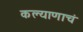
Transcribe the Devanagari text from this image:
कल्याणाचं